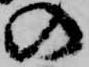
の